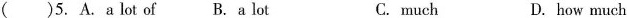
( )5. A. A lot of B. A lot C. much D. how much